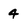
Character: 4